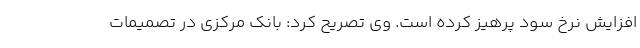
افزایش نرخ سود پرهیز کرده است. وی تصریح کرد: بانک مرکزی در تصمیمات